Civil Veterinary Dept. Assam report 1927-50 - 1927-1950
Year: 1927
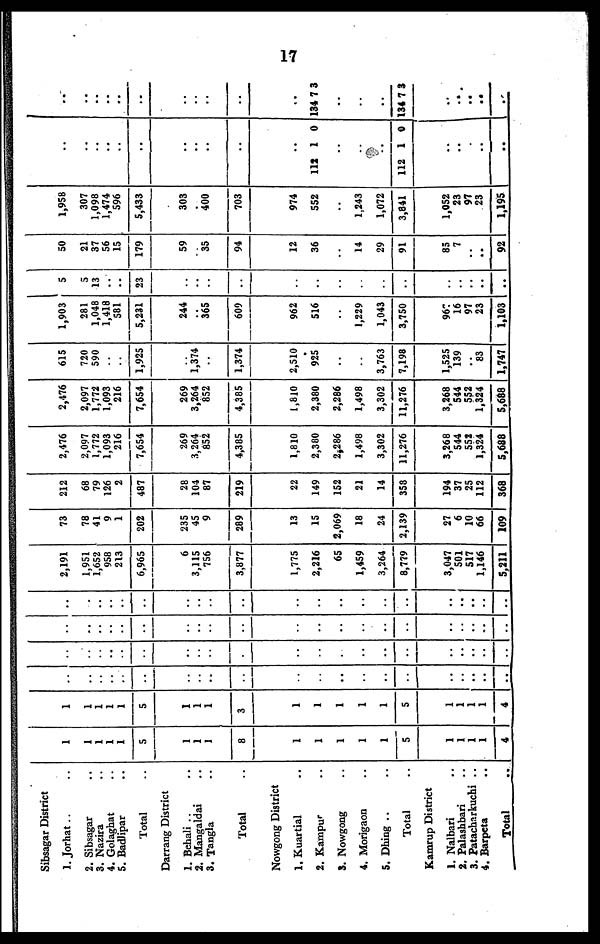
17
Sibsagar District
1. Jorhat .. ..
2. Sibsagar ..
3. Nazira ..
4. Golaghat ..
5. Badlipar ..
Total ..
Darrang District
1 Behali .. ..
2. Mangaldai ..
3. Tangla ..
Total ..
Nowgong District
1. Kuartial ..
2. Kampur ..
3. Nowgong
4. Morigaon ..
5. Dhing .. ..
Total ..
Kamrup District
1 Nalbari
..
2. Palashbari ..
3. Patacharkuchi ..
4. Barpeta ..
Total ..
1
1
1
1
1
5
1
1
1
8
1
1
1
1
5
5
1
1
1
1
4
1
1
1
1
1
5
1
1
1
3
1
1
1
1
5
5
1
1
1
1
4
..
..
..
..
..
..
..
..
..
..
..
..
..
..
..
..
..
..
..
..
..
..
..
..
..
..
..
..
..
..
..
..
..
..
..
..
..
..
..
..
..
..
..
..
..
..
..
..
..
..
..
..
..
..
..
..
..
..
..
..
..
..
..
..
..
..
..
..
..
..
..
..
..
..
..
..
..
..
..
..
..
..
..
..
2,191
1,951
1,652
958
213
6,965
6
3,115
756
3,877
1,775
2,216
65
1,459
3,264
8,779
3,047
501
517
1,146
5,211
73
78
41
9
1
202
235
45
9
289
13
15
2,069
18
24
2,139
27
6
10
66
109
212
68
79
126
2
487
28
104
87
219
22
149
152
21
14
358
194
37
25
112
368
2,476
2,097
1,772
1,093
216
7,654
269
3,264
852
4,385
1,810
2,380
2,286
1,498
3,302
11,276
3,268
544
552
1,324
5,688
2,476
2,097
1,772
1,093
216
7,654
269
3,264
852
4,385
1,810
2,380
2,286
1,498
3,302
11,276
3,268
544
552
1,324
5,688
615
720
590
..
..
1,925
..
1,374
..
1,374
2,510
925
..
..
3,763
7,198
1,525
139
..
83
1,747
1,903
281
1,048
1,418
581
5,231
244
..
365
609
962
516
..
1,229
1,043
3,750
967
16
97
23
1,103
5
5
13
..
..
23
..
..
..
..
..
..
..
..
..
..
..
..
..
..
..
50
21
37
56
15
179
59
..
35
94
12
36
..
14
29
91
85
7
..
..
92
1,958
307
1,098
1,474
596
5,433
303
..
400
703
974
552
..
1,243
1,072
3,841
1,052
23
97
23
1,195
..
..
..
..
..
..
..
..
..
..
112
..
..
..
112
..
..
..
..
..
1
1
0
0
134
134
..
..
..
..
..
..
..
..
..
..
..
7
..
..
..
7
..
..
..
..
..
3
3